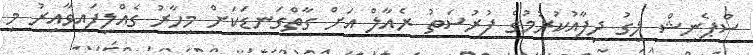
ސްޕެނިޝް ލީގު ދިފާއުކުރުމުގެ ފުރުސަތު ރެއާލް އަށް ގާތްގަނޑަކަށް މިހާރު ގެއްލިފައިވާއިރު މި